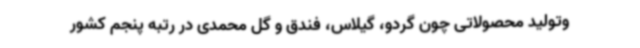
وتولید محصولاتی چون گردو، گیلاس، فندق و گل محمدی در رتبه پنجم کشور